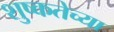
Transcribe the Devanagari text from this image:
शुष्कतेच्या